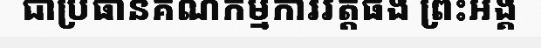
ជាប្រធានគណកម្មការវត្តផង ព្រះអង្គ